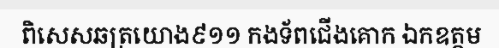
ពិសេសឆត្រយោង៩១១ កងទ័ពជើងគោក ឯកឧត្តម